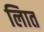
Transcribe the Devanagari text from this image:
लिात